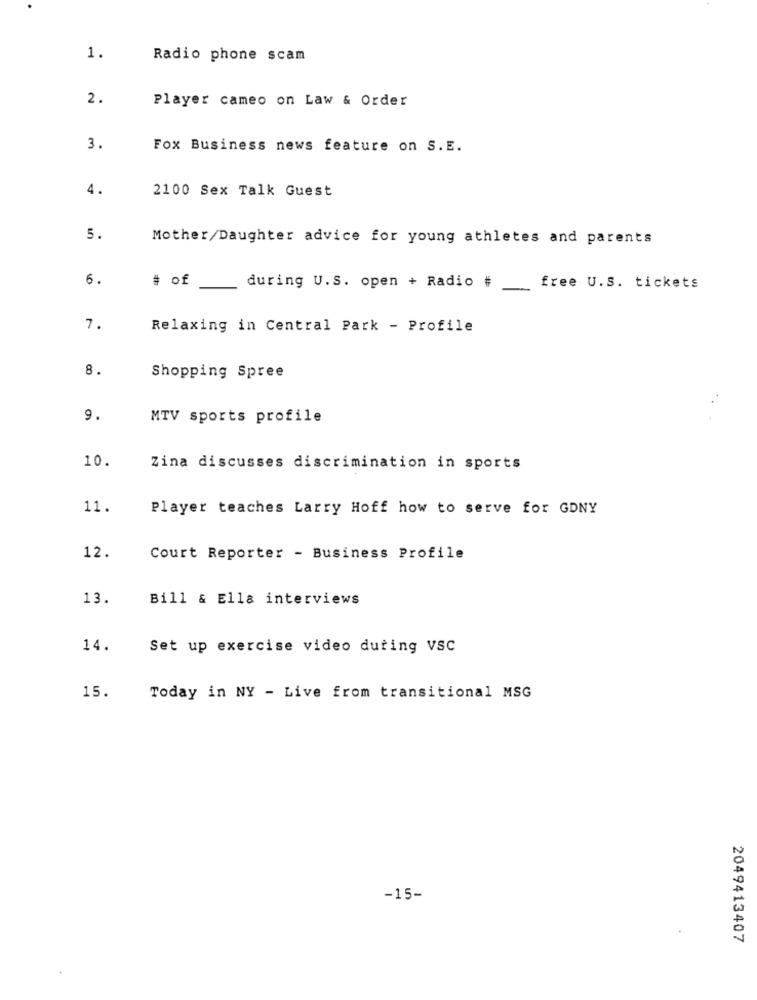
1.
Radio phone scam
2.
Player cameo on Law & Order
3.
Fox Business news feature on S.E.
4.
2100 Sex Talk Guest
5.
Mother/Daughter advice for young athletes and parents
6.
# of
during U.S. open + Radio # free U.S. tickets
7.
Relaxing in Central Park - Profile
8.
Shopping Spree
9.
MTV sports profile
10.
Zina discusses discrimination in sports
11.
Player teaches Larry Hoff how to serve for GDNY
12.
Court Reporter - Business Profile
13.
Bill & Ella interviews
14.
Set up exercise video during VSC
15.
Today in NY - Live from transitional MSG
-15-
2049413407